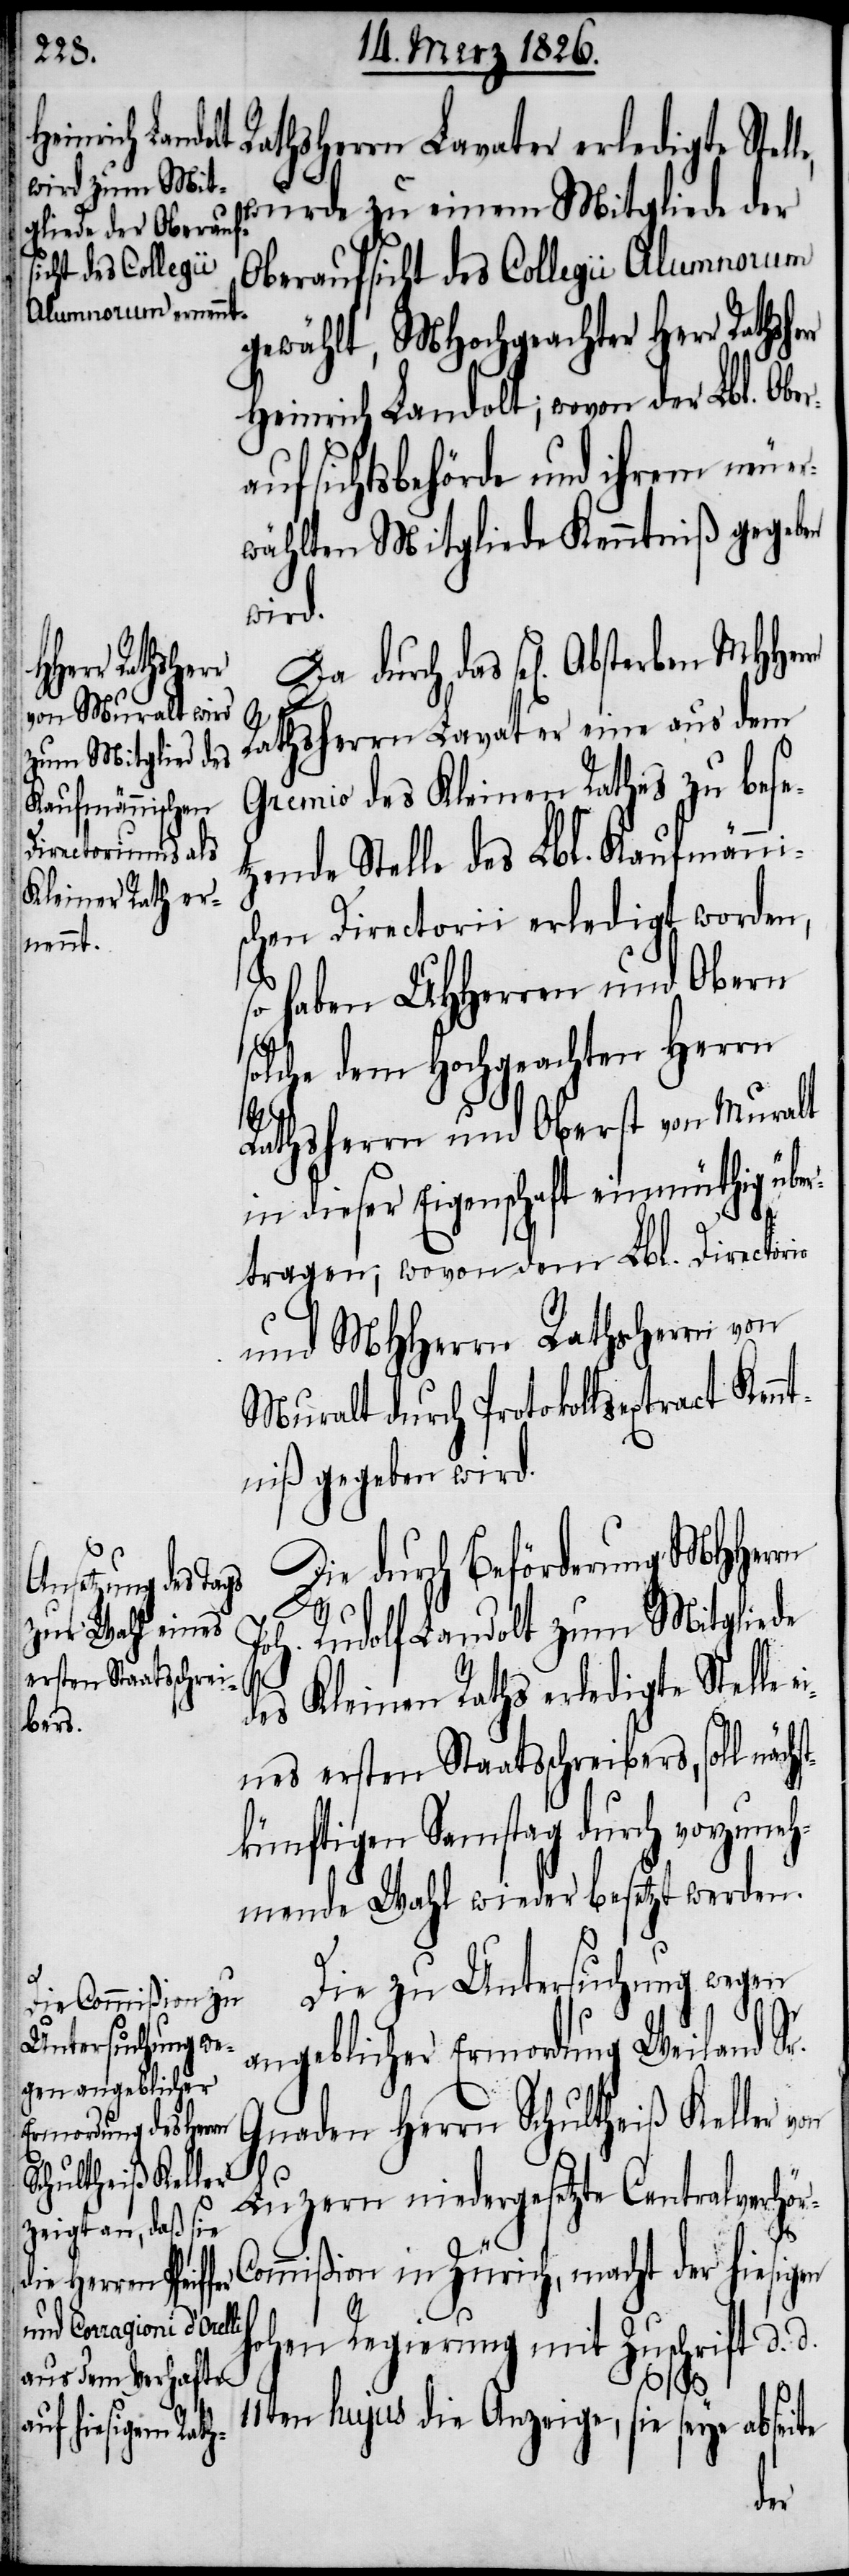
wurde zu einem Mitgliede der
Oberaufsicht des Collegii Alumnorum
gewählt, MHochgeachter Herr Raths¬
Heinrich Landolt; wovon der Lbl. Ober¬
aufsichtsbehörde und ihrem neuer¬
wählten Mitgliede Kenntniß gegeben
wird.
Da durch das sel[ige] Absterben
herr
Rathsherrn Lavater eine aus dem
Gremio des Kleinen Rath zu beset¬
zende Stelle des Lbl. Kaufmänni¬
schen Directorii erledigt worden,
so haben UHHerren und Obern
solche dem Hochgeachten Herrn
Rathsherrn und Oberst von Muralt
in dieser Eigenschaft einmüthig über¬
tragen; wovon dem Lbl. Directorio
und MHHerrn Rathsherrn von
Muralt durch Protokollsextract Kenn¬
tniß gegeben wird.
Die durch Beförderung MHHerrn
Joh. Rudolf Landolt zum Mitgliede
des Kleinen Raths erledigte Stelle
eines ersten Staatsschreibers, soll näc¬
künftigen Samstag durch vorzuneh¬
mende Wahl wieder besetzt werden.
Die zu Untersuchung wegen
angeblicher Ermordung Weiland Sr.
Gnaden Herrn Schultheiß Keller
digte Stelle,
Luzern niedergesetzte Centralverhö¬
ommißion in Zürich, macht der hiesigen
hohen Regierung mit Zuschrift d. d.
r-C¬
11ten hujus die Anzeige, sie seye abseite